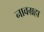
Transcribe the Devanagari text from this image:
नावग्रहा